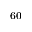
_ { 6 0 }